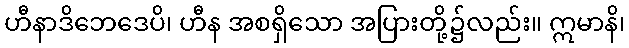
ဟီနာဒိဘေဒေပိ၊ ဟီန အစရှိသော အပြားတို့၌လည်း။ ဣမာနိ၊